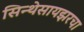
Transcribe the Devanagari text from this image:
सिन्थेसायझरचा